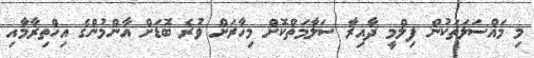
މި މައްސަލަތަކުން ފިލްމީ ދާއިރާ ސަލާމަތްކޮށް މިހާރަށް ވުރެ ބޮޑަށް އާންމުންގެ އިހްތިރާމާއި